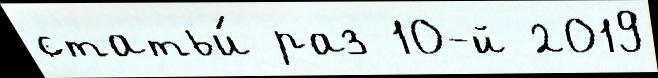
статьи́ раз 10-й 2019